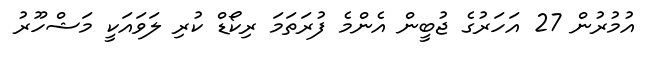
އުމުރުން 27 އަހަރުގެ ޖުބީން އެންމެ ފުރަތަމަ ރިކޯޑް ކުރި ލަވައަކީ މަޝްހޫރު